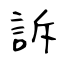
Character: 訴